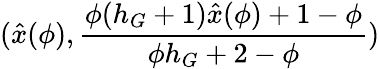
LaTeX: (\hat{x}(\phi),\frac{\phi(h_{G}+1)\hat{x}(\phi)+1-\phi}{\phi h_{G}+2-\phi})